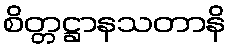
စိတ္တဋ္ဌာနသတာနိ